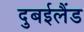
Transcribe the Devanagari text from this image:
दुबईलैंड